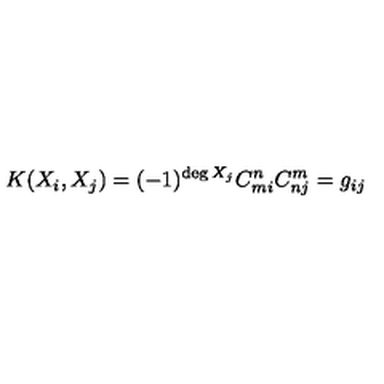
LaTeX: K ( X _ { i } , X _ { j } ) = ( - 1 ) ^ { \deg X _ { j } } C _ { m i } ^ { n } C _ { n j } ^ { m } = g _ { i j }